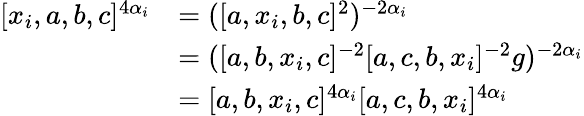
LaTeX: \begin{array}{rl}{[x_{i},a,b,c]^{4\alpha_{i}}}&{=([a,x_{i},b,c]^{2})^{-2\alpha_{i}}}\\ &{=([a,b,x_{i},c]^{-2}[a,c,b,x_{i}]^{-2}g)^{-2\alpha_{i}}}\\ &{=[a,b,x_{i},c]^{4\alpha_{i}}[a,c,b,x_{i}]^{4\alpha_{i}}}\end{array}